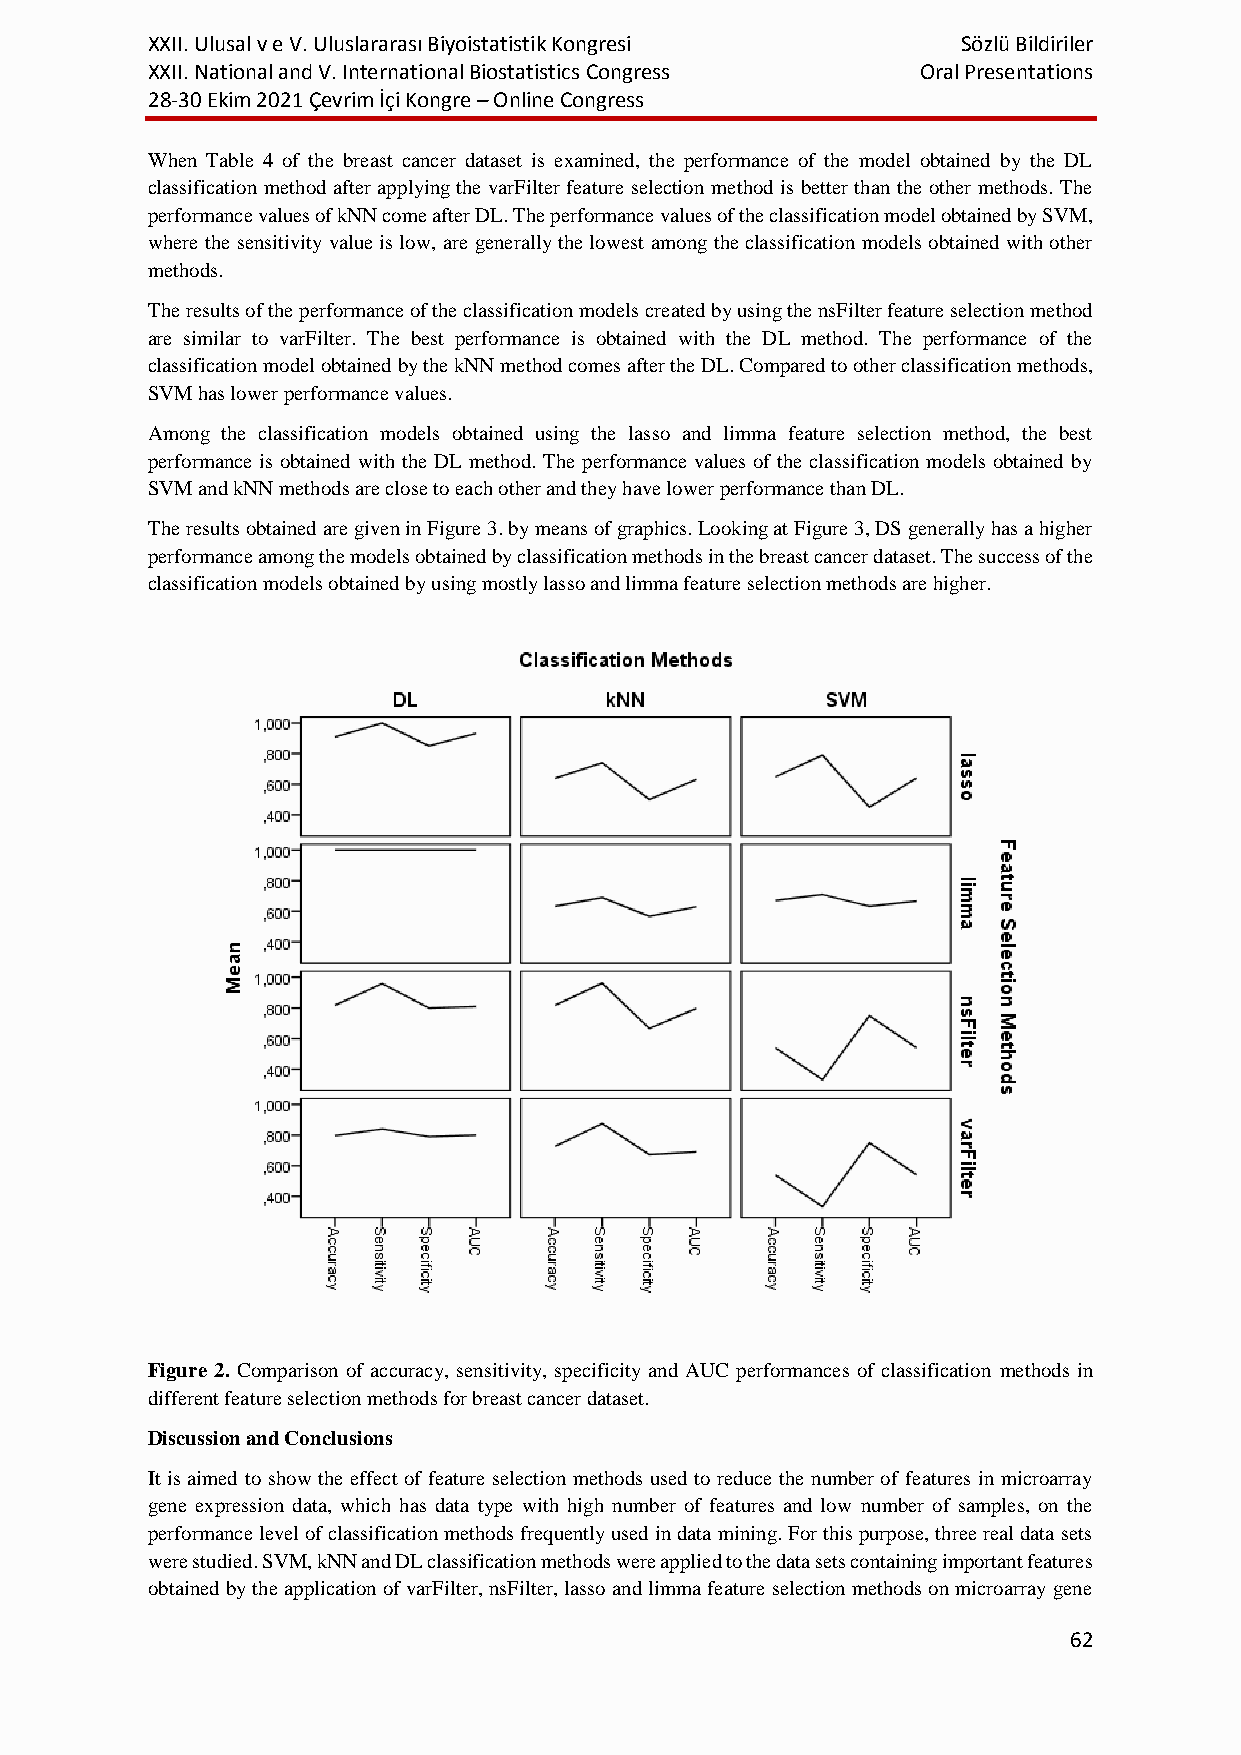
XXII. Ulusal v e V. Uluslararası Biyoistatistik Kongresi Sözlü Bildiriler
 XXII. National and V. International Biostatistics Congress Oral Presentations
 28-30 Ekim 2021 Çevrim İçi Kongre – Online Congress
 When Table 4 of the breast cancer dataset is examined, the performance of the model obtained by the DL
 classification method after applying the varFilter feature selection method is better than the other methods. The
 performance values of kNN come after DL. The performance values of the classification model obtained by SVM,
 where the sensitivity value is low, are generally the lowest among the classification models obtained with other
 methods.
 The results of the performance of the classification models created by using the nsFilter feature selection method
 are similar to varFilter. The best performance is obtained with the DL method. The performance of the
 classification model obtained by the kNN method comes after the DL. Compared to other classification methods,
 SVM has lower performance values.
 Among the classification models obtained using the lasso and limma feature selection method, the best
 performance is obtained with the DL method. The performance values of the classification models obtained by
 SVM and kNN methods are close to each other and they have lower performance than DL.
 The results obtained are given in Figure 3. by means of graphics. Looking at Figure 3, DS generally has a higher
 performance among the models obtained by classification methods in the breast cancer dataset. The success of the
 classification models obtained by using mostly lasso and limma feature selection methods are higher.
 Figure 2. Comparison of accuracy, sensitivity, specificity and AUC performances of classification methods in
 different feature selection methods for breast cancer dataset.
 Discussion and Conclusions
 It is aimed to show the effect of feature selection methods used to reduce the number of features in microarray
 gene expression data, which has data type with high number of features and low number of samples, on the
 performance level of classification methods frequently used in data mining. For this purpose, three real data sets
 were studied. SVM, kNN and DL classification methods were applied to the data sets containing important features
 obtained by the application of varFilter, nsFilter, lasso and limma feature selection methods on microarray gene
 62